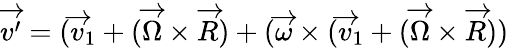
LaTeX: \overrightarrow{v^{\prime}}=(\overrightarrow{v}_{1}+(\overrightarrow{\Omega}\times\overrightarrow{R})+(\overrightarrow{\omega}\times(\overrightarrow{v}_{1}+(\overrightarrow{\Omega}\times\overrightarrow{R}))